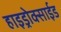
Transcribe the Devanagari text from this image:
हाइड्रोक्साईड